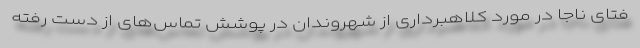
فتای ناجا در مورد کلاهبرداری از شهروندان در پوشش تماس‌های از دست رفته